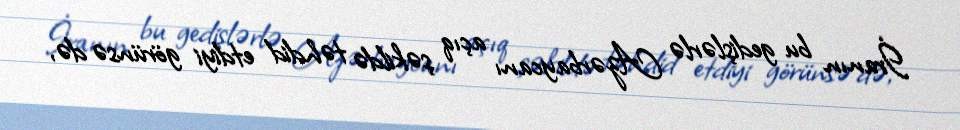
İranın bu gedişlərlə Azərbaycanı açıq şəkildə təhdid etdiyi görünsə də,